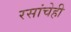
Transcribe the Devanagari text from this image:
रसांचेही